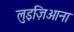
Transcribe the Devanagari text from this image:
लुइज़िआना